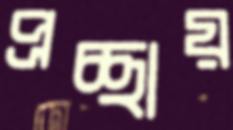
প্রচ্ছায়